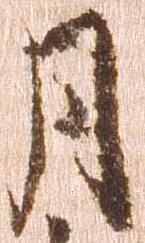
月